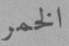
الخمر